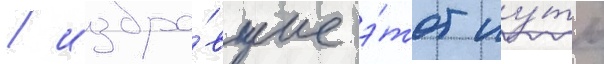
/ избра́вшие э́тот пу́ть